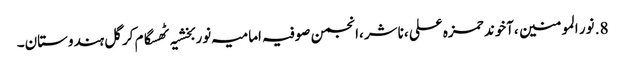
8.	نور المومنین ،آخوند حمزہ علی ،ناشر ،انجمن صوفیہ امامیہ نوربخشیہ ٹھسگام کرگل ہندوستان۔